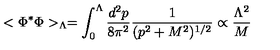
< \Phi ^ { * } \Phi > _ { \Lambda } = \int _ { 0 } ^ { \Lambda } { \frac { d ^ { 2 } p } { 8 \pi ^ { 2 } } } { \frac { 1 } { ( p ^ { 2 } + M ^ { 2 } ) ^ { 1 / 2 } } } \propto { \frac { \Lambda ^ { 2 } } { M } }